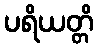
ပရိယတ္တိ